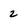
Character: 2